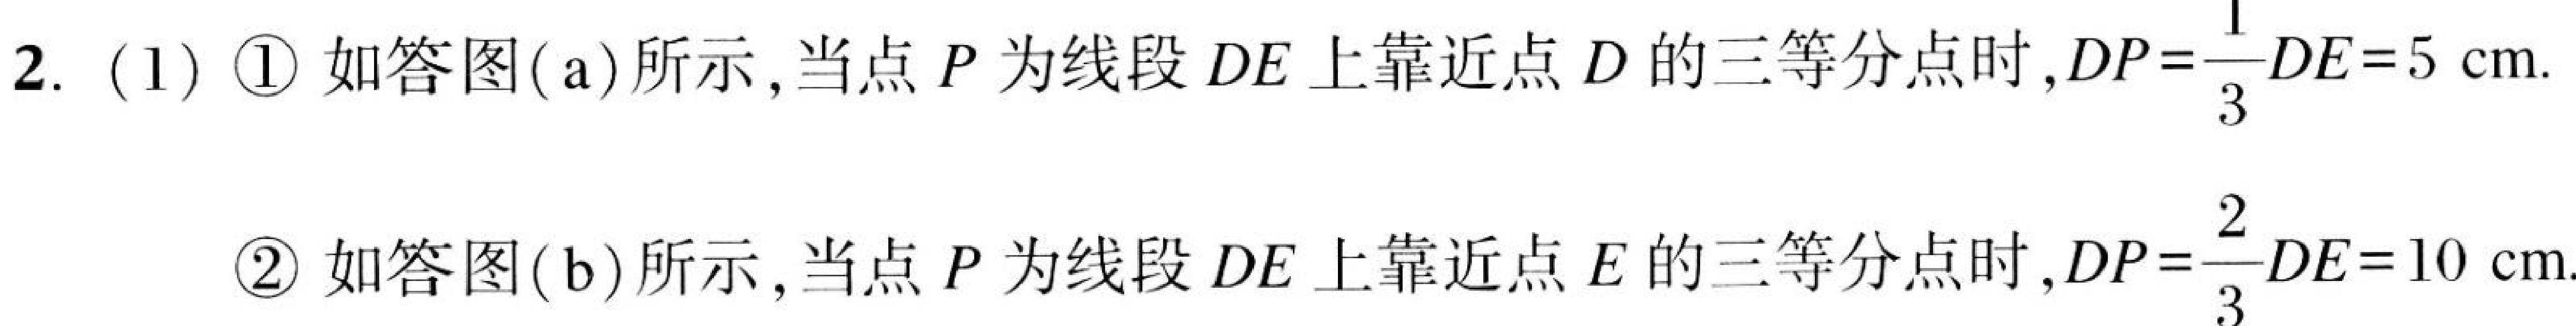
2. (1) \textcircled{1} 如答图(a)所示, 当点 \(P\) 为线段 \(DE\) 上靠近点 \(D\) 的三等分点时, \(DP = \frac{1}{3}DE = 5\mathrm{cm}\).
\textcircled{2} 如答图(b)所示, 当点 \(P\) 为线段 \(DE\) 上靠近点 \(E\) 的三等分点时, \(DP=\frac{2}{3}DE = 10\mathrm{cm}\).